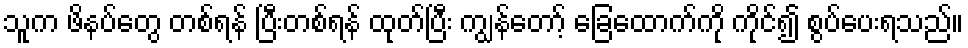
သူက ဖိနပ်တွေ တစ်ရန် ပြီးတစ်ရန် ထုတ်ပြီး ကျွန်တော့် ခြေထောက်ကို ကိုင်၍ စွပ်ပေးရသည်။